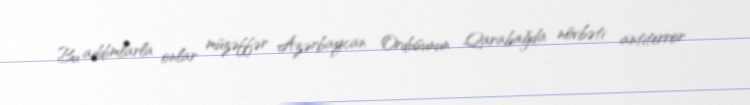
Bu addımlarla onlar müzəffər Azərbaycan Ordusunun Qarabağda növbəti antiterror